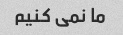
ما نمی کنیم